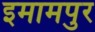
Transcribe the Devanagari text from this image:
इमामपुर